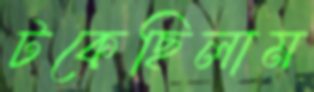
টকেছিলাম